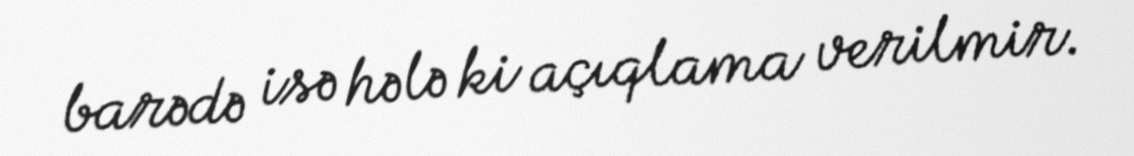
barədə isə hələ ki açıqlama verilmir.